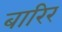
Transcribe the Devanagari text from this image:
बारिर